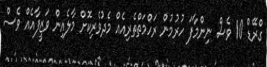
ގްރޭޑް 10 ވެސް ނިންމާފަ ހުރުމުން ރަހްމަތްތެރިއެއް މެދުވެރިކޮށް މާލެއިން ވަޒީފާއެއް ވެސް